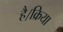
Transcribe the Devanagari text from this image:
है।क्रिया